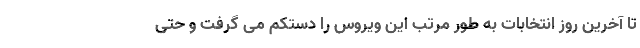
تا آخرین روز انتخابات به طور مرتب این ویروس را دستکم می گرفت و حتی